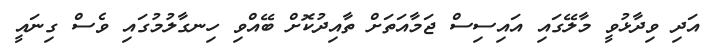
އަދި ވިދާޅުވީ މާލޭގައި އައިސިސް ޖަމާއަތަށް ތާއިދުކޮށް ބޭއްވި ހިނގާލުމުގައި ވެސް ގިނައީ